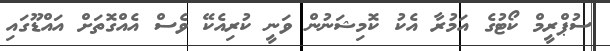
ސުޕްރީމް ކޯޓުގެ އަމުރާ އެކު ކޮމިޝަނުން ވަނީ ކުރިއެކޭ ވެސް އެއްގޮތަށް އައްޑޫގައި